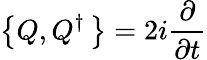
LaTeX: \left\{ Q,Q^{\dagger}\, \right\} =2i{\frac{\partial}{\partial t}}